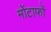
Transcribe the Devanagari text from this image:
मोंटाफों